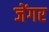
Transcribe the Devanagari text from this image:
जेंगर